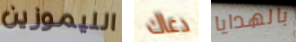
الليموزين دعاك بالهدايا